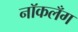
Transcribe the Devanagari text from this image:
नॉकलँग